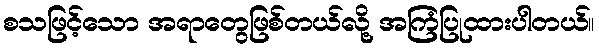
စသဖြင့်သော အရာတွေဖြစ်တယ်လို့ အကြံပြုထားပါတယ်။